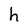
Character: h